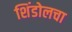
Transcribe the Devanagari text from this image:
शिंडोलचा